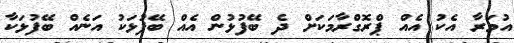
އުމަރާ އެކު އެއް ޕްރޮގްރާމަކަށް ދެ ބޭފުޅުން އެއް ބޭފުޅަކު އަނެއް ބޭފުޅަކާ